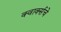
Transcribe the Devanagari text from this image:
क्वार्क्सचे